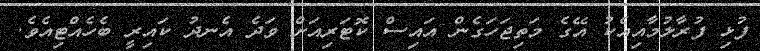
ފުޅި ފުރާލުމާއިއެކު އޭގެ މަތިޖަހަގެން އައިސް ކޮޓަރިއަށް ވަދެ އެނދު ކައިރީ ބެހެއްޓިއެވެ.